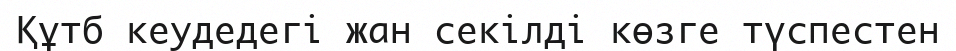
Құтб кеудедегі жан секілді көзге түспестен